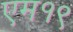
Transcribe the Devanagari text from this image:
एम१९